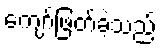
ကျော်ဖြတ်ခဲ့သည်